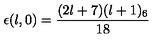
\epsilon ( l , 0 ) = \frac { ( 2 l + 7 ) ( l + 1 ) _ { 6 } } { 1 8 }